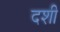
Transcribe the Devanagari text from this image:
दशी